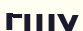
ГШУ